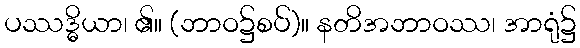
ပဿဒ္ဓိယာ၊ ၏။ (ဘာဝ၌စပ်)။ နတိအဘာဝဿ၊ အာရုံ၌